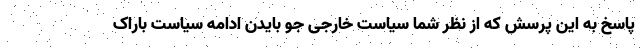
پاسخ به این پرسش که از نظر شما سیاست خارجی جو بایدن ادامه سیاست باراک